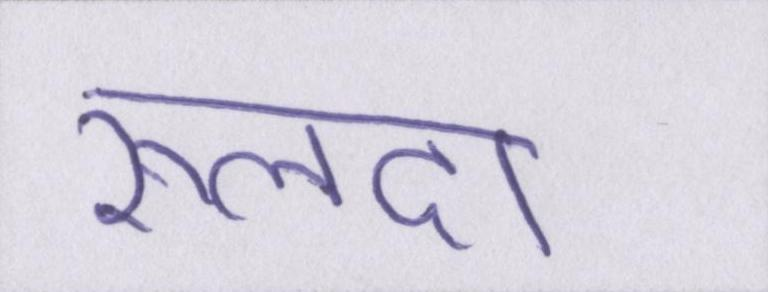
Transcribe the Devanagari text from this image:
रूलदा